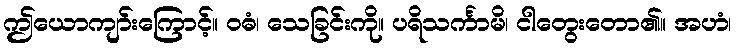
ဤယောကျာ်းကြောင့်။ ဝဓံ၊ သေခြင်းကို။ ပရိသင်္ကာမိ၊ ငါတွေးတော၏။ အဟံ၊